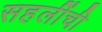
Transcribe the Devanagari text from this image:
सहलींची